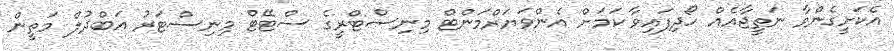
އެކަށީގެންވާ ނަތީޖާއެއް ހޯދިފައިވާ ކަމަށް އެންވަޔަރްމަންޓް މިނިސްޓްރީގެ ސްޓޭޓް މިނިސްޓަރު އަބްދުލް މަތީން